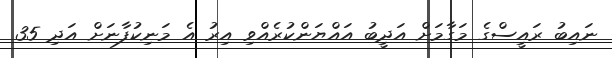
ނައިބު ރައީސްގެ މަގާމަށް އަދީބު އައްޔަންކުރެއްވި އިރު އެ މަނިކުފާނަށް އަދި 35